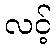
လင့်